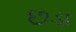
છડા